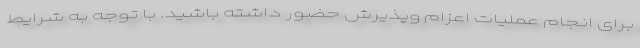
برای انجام عملیات اعزام وپذیرش حضور داشته باشید. با توجه به شرایط